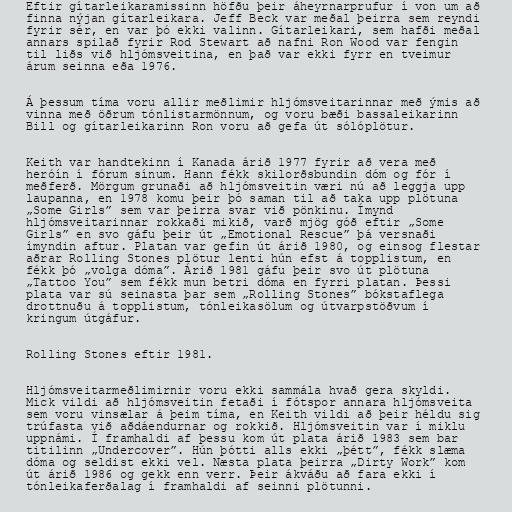
Eftir gítarleikaramissinn höfðu þeir áheyrnarprufur í von um að
finna nýjan gítarleikara. Jeff Beck var meðal þeirra sem reyndi
fyrir sér, en var þó ekki valinn. Gítarleikari, sem hafði meðal
annars spilað fyrir Rod Stewart að nafni Ron Wood var fengin
til liðs við hljómsveitina, en það var ekki fyrr en tveimur
árum seinna eða 1976.

Á þessum tíma voru allir meðlimir hljómsveitarinnar með ýmis að
vinna með öðrum tónlistarmönnum, og voru bæði bassaleikarinn
Bill og gítarleikarinn Ron voru að gefa út sólóplötur.

Keith var handtekinn í Kanada árið 1977 fyrir að vera með
heróín í fórum sínum. Hann fékk skilorðsbundin dóm og fór í
meðferð. Mörgum grunaði að hljómsveitin væri nú að leggja upp
laupanna, en 1978 komu þeir þó saman til að taka upp plötuna
„Some Girls” sem var þeirra svar við pönkinu. Ímynd
hljómsveitarinnar rokkaði mikið, varð mjög góð eftir „Some
Girls” en svo gáfu þeir út „Emotional Rescue” þá versnaði
ímyndin aftur. Platan var gefin út árið 1980, og einsog flestar
aðrar Rolling Stones plötur lenti hún efst á topplistum, en
fékk þó „volga dóma”. Árið 1981 gáfu þeir svo út plötuna
„Tattoo You” sem fékk mun betri dóma en fyrri platan. Þessi
plata var sú seinasta þar sem „Rolling Stones” bókstaflega
drottnuðu á topplistum, tónleikasölum og útvarpstöðvum í
kringum útgáfur.

Rolling Stones eftir 1981.

Hljómsveitarmeðlimirnir voru ekki sammála hvað gera skyldi.
Mick vildi að hljómsveitin fetaði í fótspor annara hljómsveita
sem voru vinsælar á þeim tíma, en Keith vildi að þeir héldu sig
trúfasta við aðdáendurnar og rokkið. Hljómsveitin var í miklu
uppnámi. Í framhaldi af þessu kom út plata árið 1983 sem bar
titilinn „Undercover”. Hún þótti alls ekki „þétt”, fékk slæma
dóma og seldist ekki vel. Næsta plata þeirra „Dirty Work” kom
út árið 1986 og gekk enn verr. Þeir ákváðu að fara ekki í
tónleikaferðalag í framhaldi af seinni plötunni.